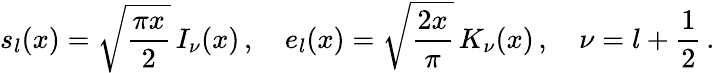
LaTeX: s_{l}(x)=\sqrt{\frac{\pi x}{2}}\, I_{\nu}(x)\, ,\quad e_{l}(x)=\sqrt{\frac{2x}{\pi}}\, K_{\nu}(x)\, ,\quad\nu=l+\frac{1}{2}\, .